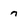
Character: 7